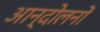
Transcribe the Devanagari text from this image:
आन्‍दोलनों